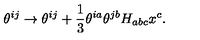
\theta ^ { i j } \to \theta ^ { i j } + { \frac { 1 } { 3 } } \theta ^ { i a } \theta ^ { j b } H _ { a b c } x ^ { c } .